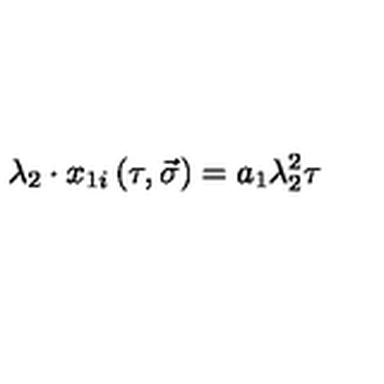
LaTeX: \lambda _ { 2 } \cdot x _ { 1 i } \left( \tau , \vec { \sigma } \right) = a _ { 1 } \lambda _ { 2 } ^ { 2 } \tau